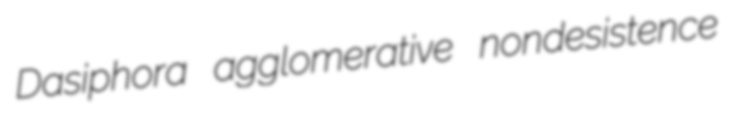
Dasiphora agglomerative nondesistence